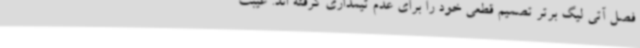
فصل آتی لیگ برتر تصمیم قطعی خود را برای عدم تیمداری گرفته اند. غیبت